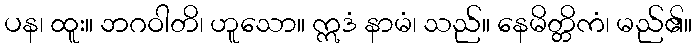
ပန၊ ထူး။ ဘဂဝါတိ၊ ဟူသော။ ဣဒံ နာမံ၊ သည်။ နေမိတ္တိကံ၊ မည်၏။